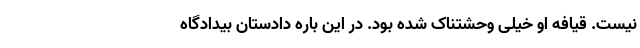
نیست. قیافه او خیلی وحشتناک شده بود. در این باره دادستان بیدادگاه